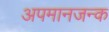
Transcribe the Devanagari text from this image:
अपमानजन्क